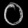
Digit: ၀